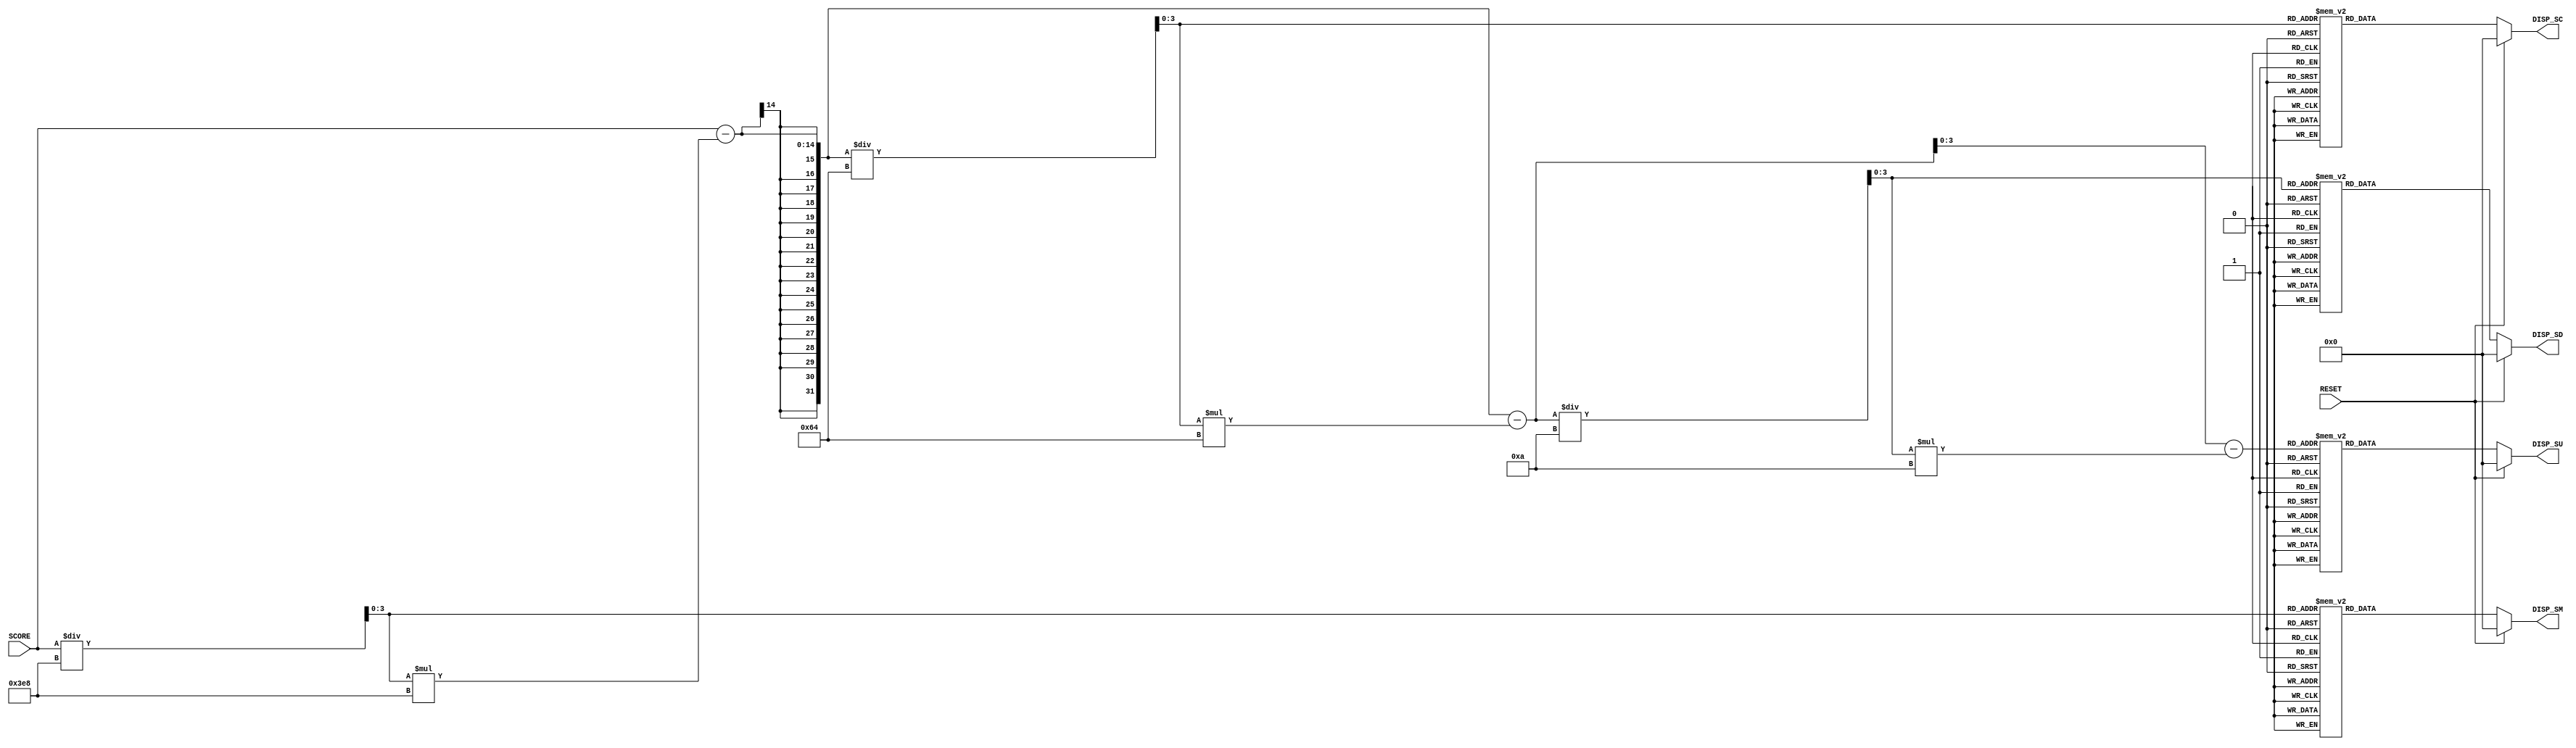
module Score(				//modulo assincrono que faz a conversao de SCORE para 7-seg
	RESET,
	SCORE,
	DISP_SU,
	DISP_SD,
	DISP_SC,
	DISP_SM
);
	
	input RESET;			//Retorna todos os valores a zero
	input [11:0] SCORE;			//Valor em binario a ser convertido para 7-seg
	
	output reg [6:0] DISP_SU;		//Valor em 7-seg das unidades
	output reg [6:0] DISP_SD;		//Valor em 7-seg das dezenas
	output reg [6:0] DISP_SC;		//Valor em 7-seg das centenas
	output reg [6:0] DISP_SM;		//Valor em 7-seg dos milhares
	
  //Variaveis da conversao do SCORE para BCD
  reg [3:0] SCORE_U;		//Unidade BCD do SCORE 
  reg [3:0] SCORE_D;		//Dezena BCD do SCORE 
  reg [3:0] SCORE_C;		//Centena BCD do SCORE 
  reg [3:0] SCORE_M;		//Milhar BCD do SCORE 
  
  integer i;				//Auxiliar de loop
  
//Binario para 7-seg-----------------------------------------------------------------------------------------------------------------------------------------------------------------
  always@(SCORE or RESET) begin
    
	if(RESET==1) begin
	 SCORE_U=0;
    SCORE_D=0;
    SCORE_C=0;
    SCORE_M=0;
	 DISP_SU=0;
	 DISP_SD=0;
	 DISP_SC=0;
	 DISP_SM=0;
	 i=0;
	end
	else begin
  	//Binario para BCD 
	 SCORE_U=0;
    SCORE_D=0;
    SCORE_C=0;
    SCORE_M=0;
	 
	 SCORE_M = SCORE / 1000;
	 SCORE_C = (SCORE - SCORE_M*1000) / 100;
	 SCORE_D = ((SCORE - SCORE_M*1000) - SCORE_C*100) / 10;
	 SCORE_U = ((SCORE - SCORE_M*1000) - SCORE_C*100) - SCORE_D*10;
	 
    /*old (conversao binaria):
	 SCORE_U=0;
    SCORE_D=0;
    SCORE_C=0;
    SCORE_M=0;
    for(i=0;i<12;i=i+1) begin	//Adiciona 3 a casas com valor maior ou igual a 5
      if(SCORE_M>=5)
        SCORE_M=SCORE_M+3;
      if(SCORE_C>=5)
        SCORE_C=SCORE_C+3;
      if(SCORE_D>=5)
        SCORE_D=SCORE_D+3;
      if(SCORE_U>=5)
        SCORE_U=SCORE_U+3;
      //Move uma casa para a esquerda
      SCORE_M=SCORE_M<<1;
      SCORE_M[0]=SCORE_C[3];
      SCORE_C=SCORE_C<<1;
      SCORE_C[0]=SCORE_D[3];
      SCORE_D=SCORE_D<<1;
      SCORE_D[0]=SCORE_U[3];
      SCORE_U=SCORE_U<<1;
      SCORE_U[0]=SCORE[i];
    end
	 */
	 
    //BCD para 7-seg
    case (SCORE_M) //Milhares
      0: DISP_SM = 7'b1111110;
      1: DISP_SM = 7'b0110000;
      2: DISP_SM = 7'b1101101;
      3: DISP_SM = 7'b1111001;
      4: DISP_SM = 7'b0110011;
      5: DISP_SM = 7'b1011011;
      6: DISP_SM = 7'b1011111;
      7: DISP_SM = 7'b1110000;
      8: DISP_SM = 7'b1111111;
      9: DISP_SM = 7'b1111011;
      default: DISP_SM = 7'b0000000; 
	  endcase
    case (SCORE_C) //Centenas
      0: DISP_SC = 7'b1111110;
      1: DISP_SC = 7'b0110000;
      2: DISP_SC = 7'b1101101;
      3: DISP_SC = 7'b1111001;
      4: DISP_SC = 7'b0110011;
      5: DISP_SC = 7'b1011011;
      6: DISP_SC = 7'b1011111;
      7: DISP_SC = 7'b1110000;
      8: DISP_SC = 7'b1111111;
      9: DISP_SC = 7'b1111011;
      default: DISP_SC = 7'b0000000; 
	  endcase
    case (SCORE_D) //Dezenas
      0: DISP_SD = 7'b1111110;
      1: DISP_SD = 7'b0110000;
      2: DISP_SD = 7'b1101101;
      3: DISP_SD = 7'b1111001;
      4: DISP_SD = 7'b0110011;
      5: DISP_SD = 7'b1011011;
      6: DISP_SD = 7'b1011111;
      7: DISP_SD = 7'b1110000;
      8: DISP_SD = 7'b1111111;
      9: DISP_SD = 7'b1111011;
      default: DISP_SD = 7'b0000000; 
	  endcase
    case (SCORE_U) //Unidades
      0: DISP_SU = 7'b1111110;
      1: DISP_SU = 7'b0110000;
      2: DISP_SU = 7'b1101101;
      3: DISP_SU = 7'b1111001;
      4: DISP_SU = 7'b0110011;
      5: DISP_SU = 7'b1011011;
      6: DISP_SU = 7'b1011111;
      7: DISP_SU = 7'b1110000;
      8: DISP_SU = 7'b1111111;
      9: DISP_SU = 7'b1111011;
      default: DISP_SU = 7'b0000000; 
	  endcase
  end
 end
endmodule